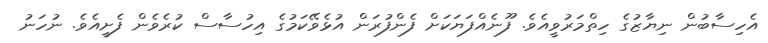
އެހިސާބުން ނިޔާޒުގެ ހިތްމަރުވީއެވެ. ފޫނެއްފަޔަކަށް ފެންފުރަން އުޅެވޭކަމުގެ އިހުސާސް ކުރެވެން ފެށީއެވެ. ނުހަނު